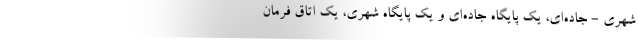
شهری - جاده‌ای، یک پایگاه جاده‌ای و یک پایگاه شهری، یک اتاق فرمان